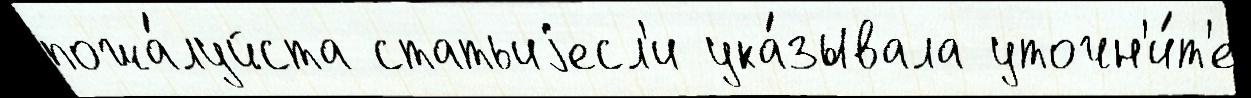
пожа́луйста статьиjесл'и ука́зывала уточн'и́т'е